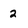
Character: 2